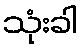
သုံးခါ